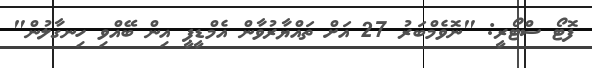
ފޮޓޯ ސްޓޯރީ: "ނޮވެމްބަރު 27 އަށް ތައްޔާރުވާން އެމްޑީޕީ އިން ބޭއްވި ހިނގާލުން"